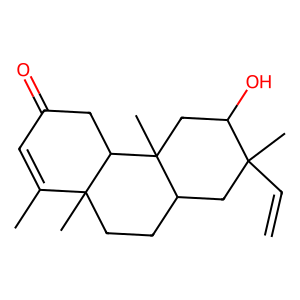
SMILES: C=CC1(C)CC2CCC3(C)C(C)=CC(=O)CC3C2(C)CC1O
Inhibits HIV replication: No